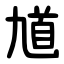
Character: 馗